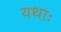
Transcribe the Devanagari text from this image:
यथाः